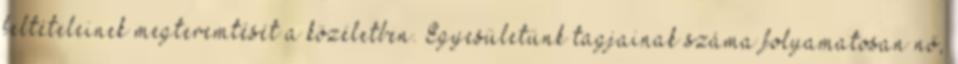
feltételeinek megteremtését a közéletben. Egyesületünk tagjainak száma folyamatosan nő,